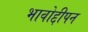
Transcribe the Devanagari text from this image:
भावोद्दीपन